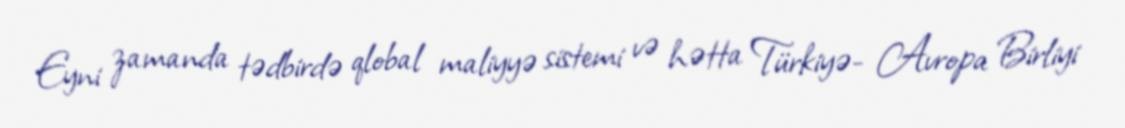
Eyni zamanda tədbirdə qlobal maliyyə sistemi və hətta Türkiyə- Avropa Birliyi